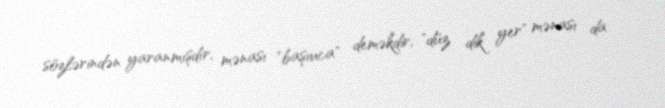
sözlərindən yaranmışdır, mənası "başıuca" deməkdir, "düz dik yer" mənası da